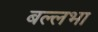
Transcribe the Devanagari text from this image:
बल्लभा